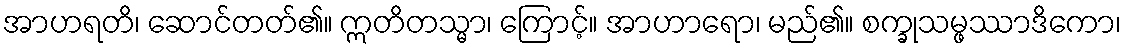
အာဟရတိ၊ ဆောင်တတ်၏။ ဣတိတသ္မာ၊ ကြောင့်။ အာဟာရော၊ မည်၏။ စက္ခုသမ္ဖဿာဒိကော၊